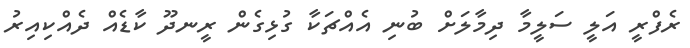
ރެފްރީ އަލީ ސަލީމާ ދިމާލަށް ބުނި އެއްޗަކާ ގުޅިގެން ރީނދޫ ކާޑެއް ދެއްކިއިރު